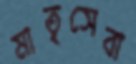
মাতৃসেবা